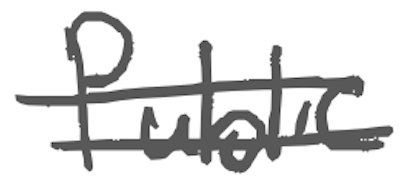
Text: public
Cross-out: mix
Writing tool: digital_gray